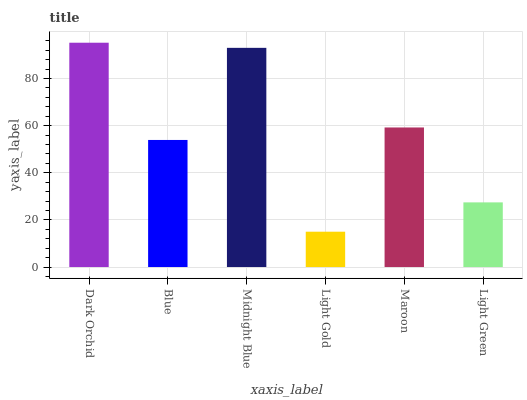
| xaxis_label | bars |
 | --- | --- |
 | Dark Orchid | 95.2 |
 | Blue | 53.9 |
 | Midnight Blue | 93 |
 | Light Gold | 15 |
 | Maroon | 59.2 |
 | Light Green | 27.4 |